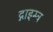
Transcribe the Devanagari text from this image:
द्नाइस्त्र